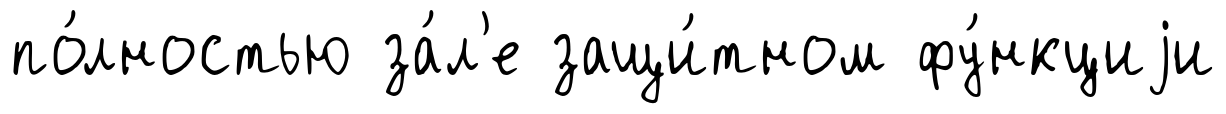
по́лностью за́л'е защи́тном фу́нкциjи